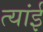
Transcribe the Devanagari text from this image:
त्यांई